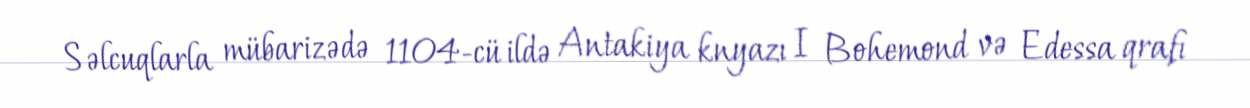
Səlcuqlarla mübarizədə 1104-cü ildə Antakiya knyazı I Bohemond və Edessa qrafı